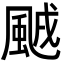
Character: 䬄